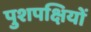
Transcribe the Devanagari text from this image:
पुशपक्षियों